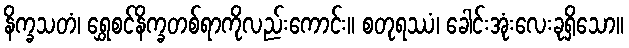
နိက္ခသတံ၊ ရွှေစင်နိက္ခတစ်ရာကိုလည်းကောင်း။ စတုရဿံ၊ ခေါင်းအုံးလေးခုရှိသော။